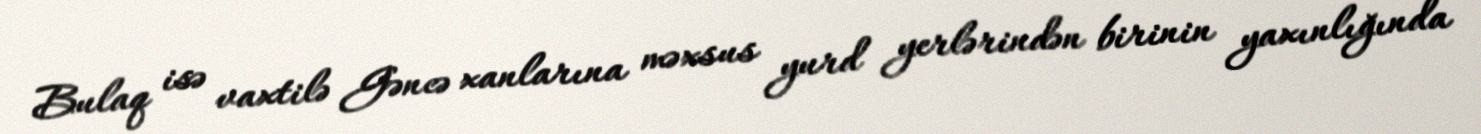
Bulaq isə vaxtilə Gəncə xanlarına məxsus yurd yerlərindən birinin yaxınlığında